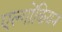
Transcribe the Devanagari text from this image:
एल्गोंकियन